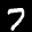
Label: 7